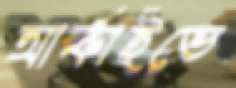
আর্কাইভে